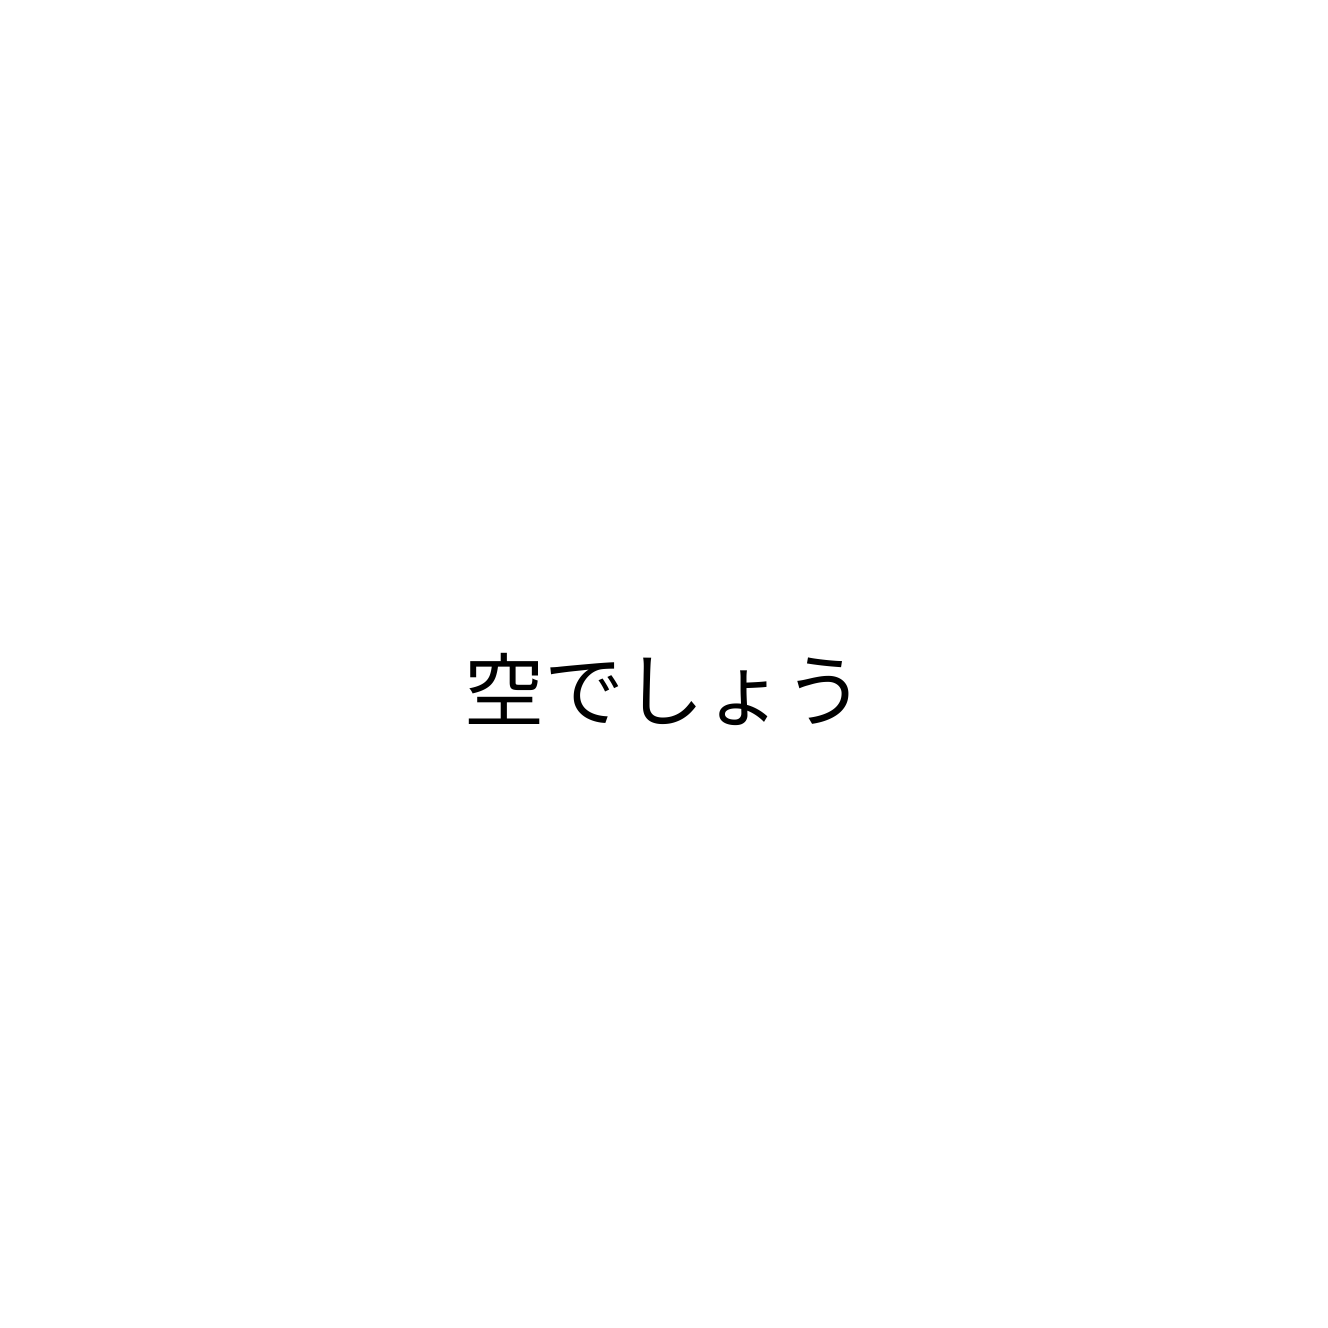
空でしょう